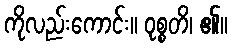
ကိုလည်းကောင်း။ ဝုစ္စတိ၊ ၏။